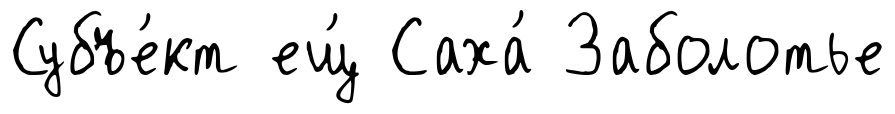
Субъе́кт ещ́ Саха́ Заболотье